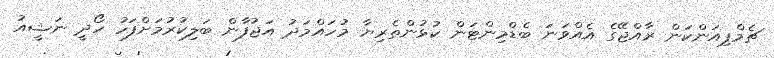
ޗެމްޕިއަންކަން ރާއްޖޭގެ އެއްވަނަ ބެޑްމިންޓަން ކުޅުންތެރިޔާ މުހައްމަދު އަޖުފާން ބަލިކުރުމަށްފަހު ހޯދީ ނަޝީއު